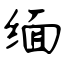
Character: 缅